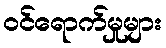
ဝင်ရောက်မှုများ